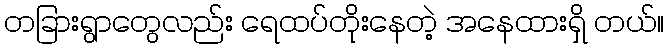
တခြားရွာတွေလည်း ရေထပ်တိုးနေတဲ့ အနေထားရှိ တယ်။